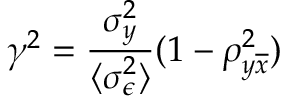
\gamma ^ { 2 } = \frac { \sigma _ { y } ^ { 2 } } { \langle \sigma _ { \epsilon } ^ { 2 } \rangle } ( 1 - \rho _ { y \overline { { x } } } ^ { 2 } )